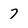
Character: 7